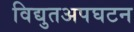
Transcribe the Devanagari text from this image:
विद्युतअपघटन